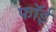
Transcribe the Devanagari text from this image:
फॉई